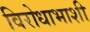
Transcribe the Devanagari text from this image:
विरोधाभाशी